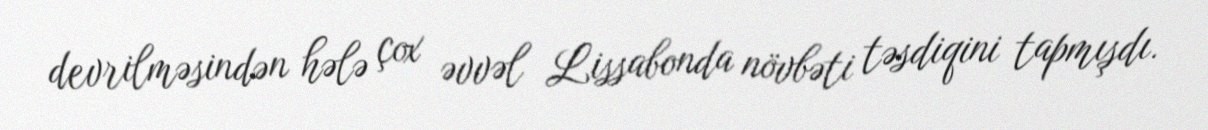
devrilməsindən hələ çox əvvəl Lissabonda növbəti təsdiqini tapmışdı.